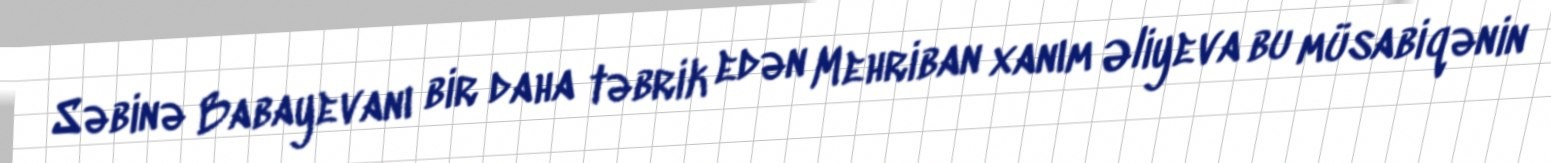
Səbinə Babayevanı bir daha təbrik edən Mehriban xanım Əliyeva bu müsabiqənin